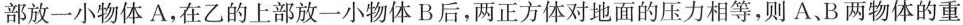
部放一小物体A，在乙的上部放一小物体B后，两正方体对地面的压力相等，则A、B两物体的重